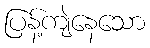
ပြန့်ကျဲနေသော